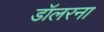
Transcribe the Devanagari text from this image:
डॉलरना